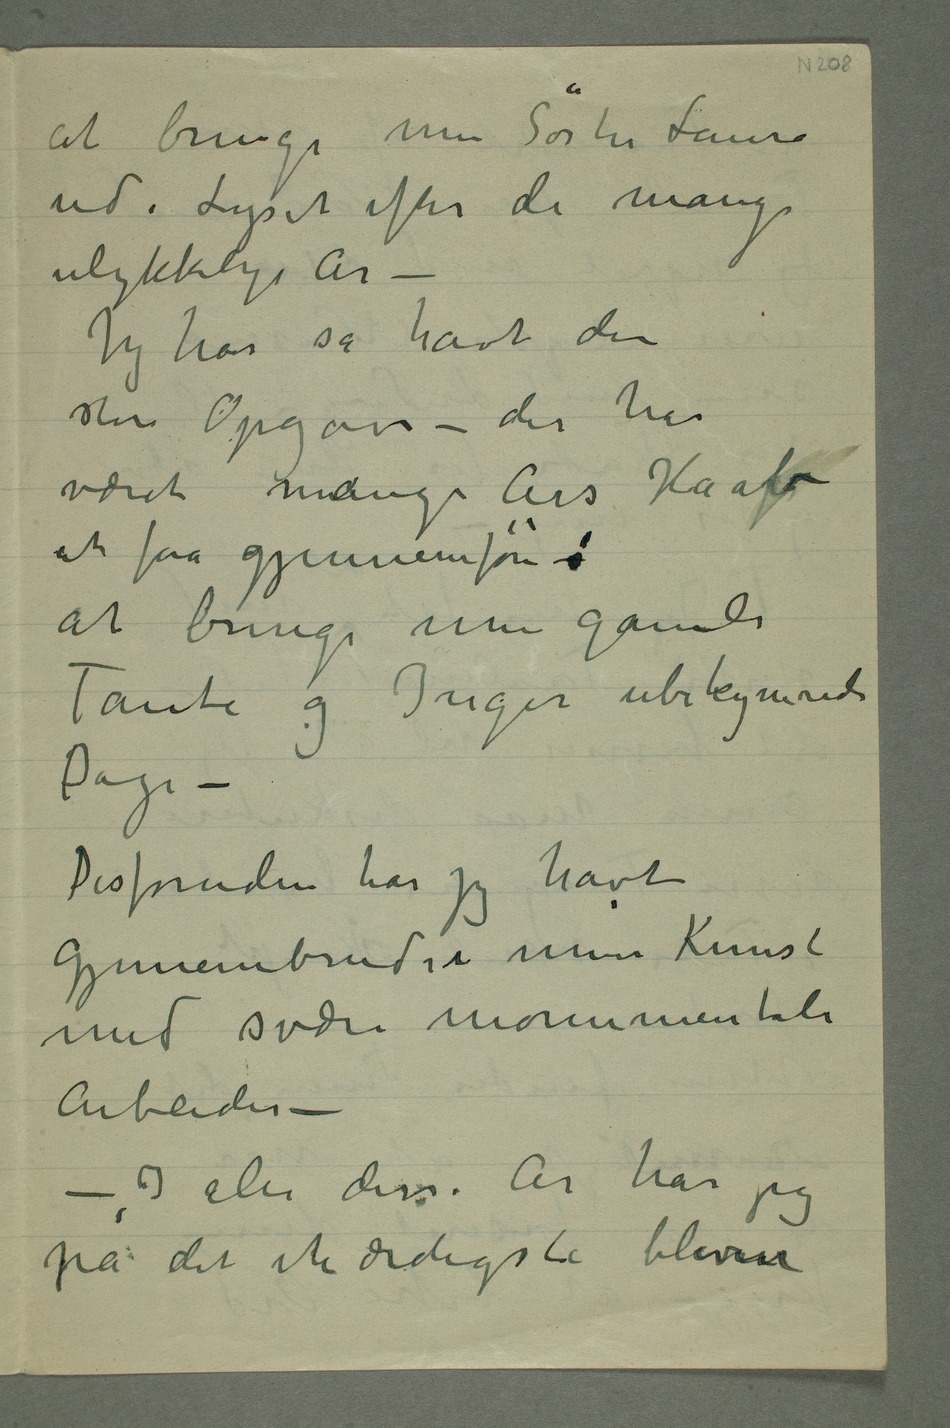
at bringe min Søster Laura
ud i Lyset efter de mange
ulykkelige År –
Jeg har så havt den
store opgave – der har
at faa gjennemføre–:
at bringe min gamle
Tante og Inger ubekymrede
Dage –
Desforuden har jeg havt
gjennembrud i min Kunst
med svære monumentale
Arbeider –
– I alle disse År har
på det ihærdigste bleven